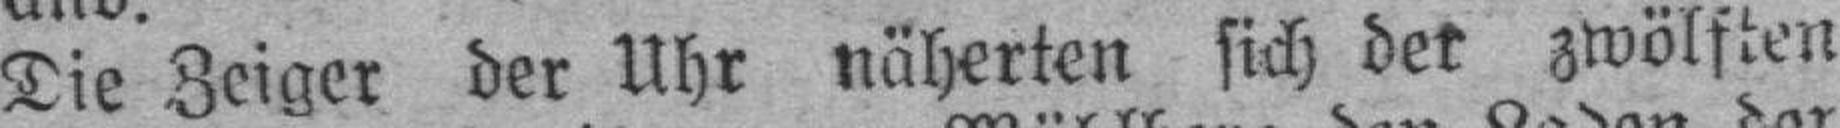
Die Zeiger der Uhr näherten sich der zwölften